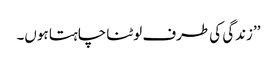
’’زندگی کی طرف لوٹنا چاہتا ہوں۔